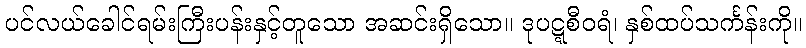
ပင်လယ်ခေါင်ရမ်းကြီးပန်းနှင့်တူသော အဆင်းရှိသော။ ဒုပဋ္ဋစီဝရံ၊ နှစ်ထပ်သင်္ကန်းကို။